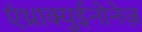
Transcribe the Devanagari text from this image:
एंथ्राक्युईनोनेज़